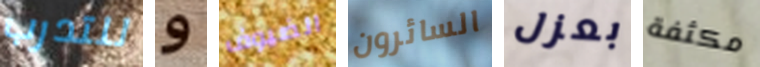
للتدرب و الضيوف السائرون بعزل مكثفة